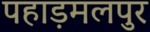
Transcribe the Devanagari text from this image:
पहाड़मलपुर